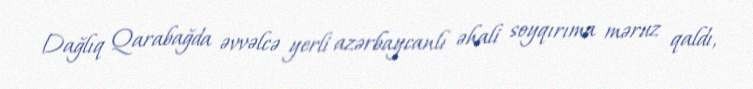
Dağlıq Qarabağda əvvəlcə yerli azərbaycanlı əhali soyqırıma məruz qaldı,